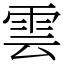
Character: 雲